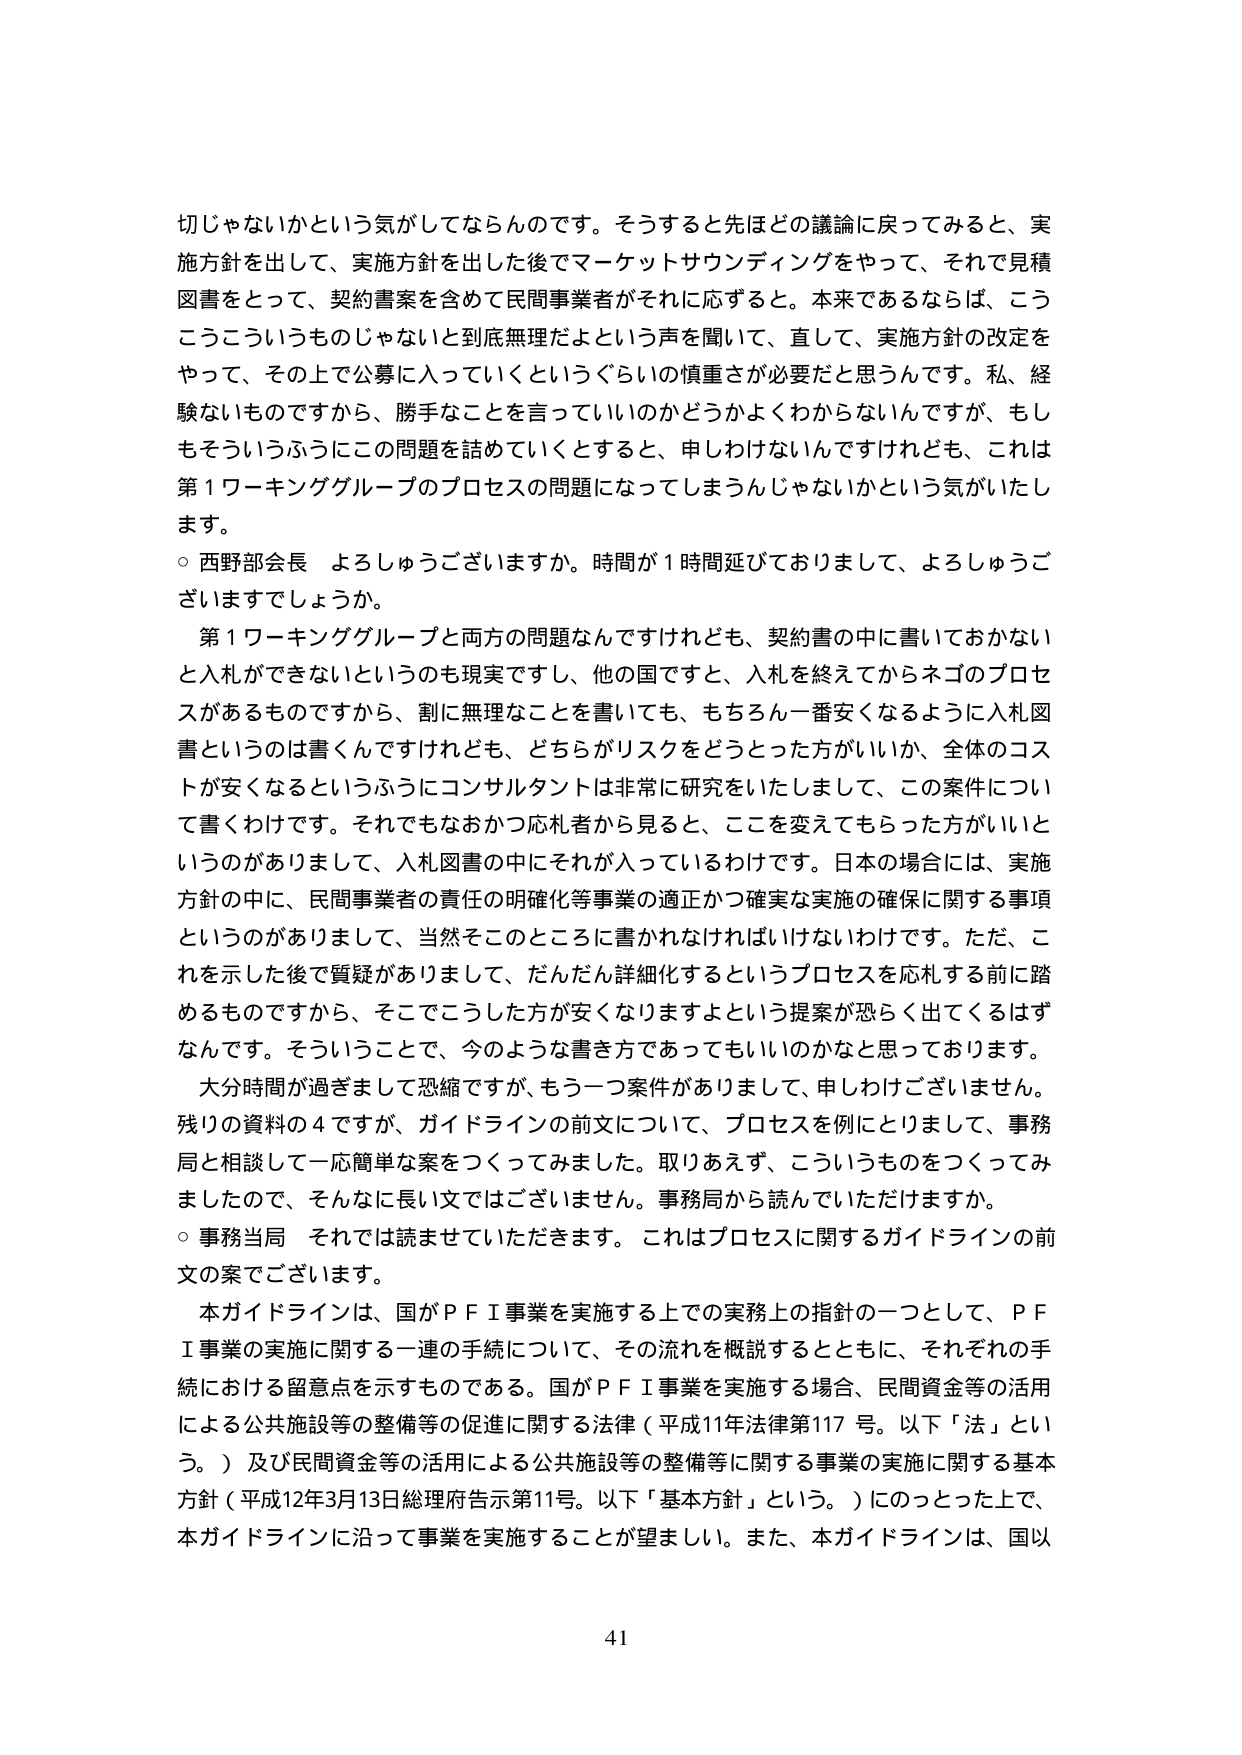
切じゃないかという気がしてならんです。そうすると先ほどの議論に戻ってみると、実施方針を出して、実施方針を出した後でマーケットサウンディングをやって、それで見積図書をとって、契約書案を含めて民間事業者がそれに応ずる。本来であるならば、こうこうこういうものじゃないと到底無理だよという声を聞いて、直して、実施方針の改定をやって、その上で公募に入っていくというぐらいの慎重さが必要だと思うんです。私、経験ないものですから、勝手なことを言っていいのかどうかよくわからないんですが、もしもそういうふうにこの問題を詰めていくとすると、申しわけないんですけども、これは第1ワーキンググループのプロセスの問題になってしまうんじゃないかという気がいたします。

○ 西野部会長 よろしゅうございますか。時間が1時間延びておりまして、よろしゅうございますでしょうか。

第1ワーキンググループと両方の問題なんですけれども、契約書の中に書いておかないとい入札ができないというのも現実ですし、他の国ですと、入札を終えてからネゴのプロセスがあるものですから、割に無理なことを書いても、もちろん一番安くなるように入札図書というのは書くんですけども、どちらがリスクをどうとった方がいいか、全体のコストが安くなるというふうにコンサルタントは非常に研究をいたしまして、この案件について書くわけです。それでもなおかつ応札者から見ると、ここを変えてもらった方がいいというのがありまして、入札図書の中にそれが入っているわけです。日本の場合には、実施方針の中に、民間事業者の責任の明確化等事業の適正かつ確実な実施の確保に関する事項というのがありまして、当然そこのところに書かれなければいけないわけです。ただ、これを示した後で質疑がありまして、だんだん詳細化するというプロセスを応札する前に踏めるものですから、そこでこうした方が安くなりますよという提案が恐らく出てくるはずです。そういうことで、今のような書き方であってもいいのかなと思っております。

大分時間が過ぎまして恐縮ですが、もう一つ案件がありまして、申しわけございません。残りの資料の4ですが、ガイドラインの前文について、プロセスを例とりまして、事務局と相談して一応簡単な案をつくってみました。取りあえず、こういうものを作ってみましたので、そんなに長い文ではございません。事務局から読んでいただけますか。

○ 事務当局 それでは読ませていただきます。これはプロセスに関するガイドラインの前文の案でございます。

本ガイドラインは、国がＰＦＩ事業を実施する上での実務上の指針の一つとして、ＰＦＩ事業の実施に関する一連の手続について、その流れを概説するとともに、それぞれの手続における留意点を示すものである。国がＰＦＩ事業を実施する場合、民間資金等の活用による公共施設等の整備等の促進に関する法律（平成11年法律第117号。以下「法」という。）及び民間資金等の活用による公共施設等の整備等に関する事業の実施に関する基本方針（平成12年3月13日総理府告示第11号。以下「基本方針」という。）にのっとった上で、本ガイドラインに沿って事業を実施することが望ましい。また、本ガイドラインは、国以

41